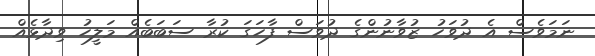
ނަމަވެސް އެ ދުވަހު ޒުވާނުންގެ ދުވަސް ފާހަގަ ކުރާ ސަބަބެއް މަލީހު ވިދާޅެއް